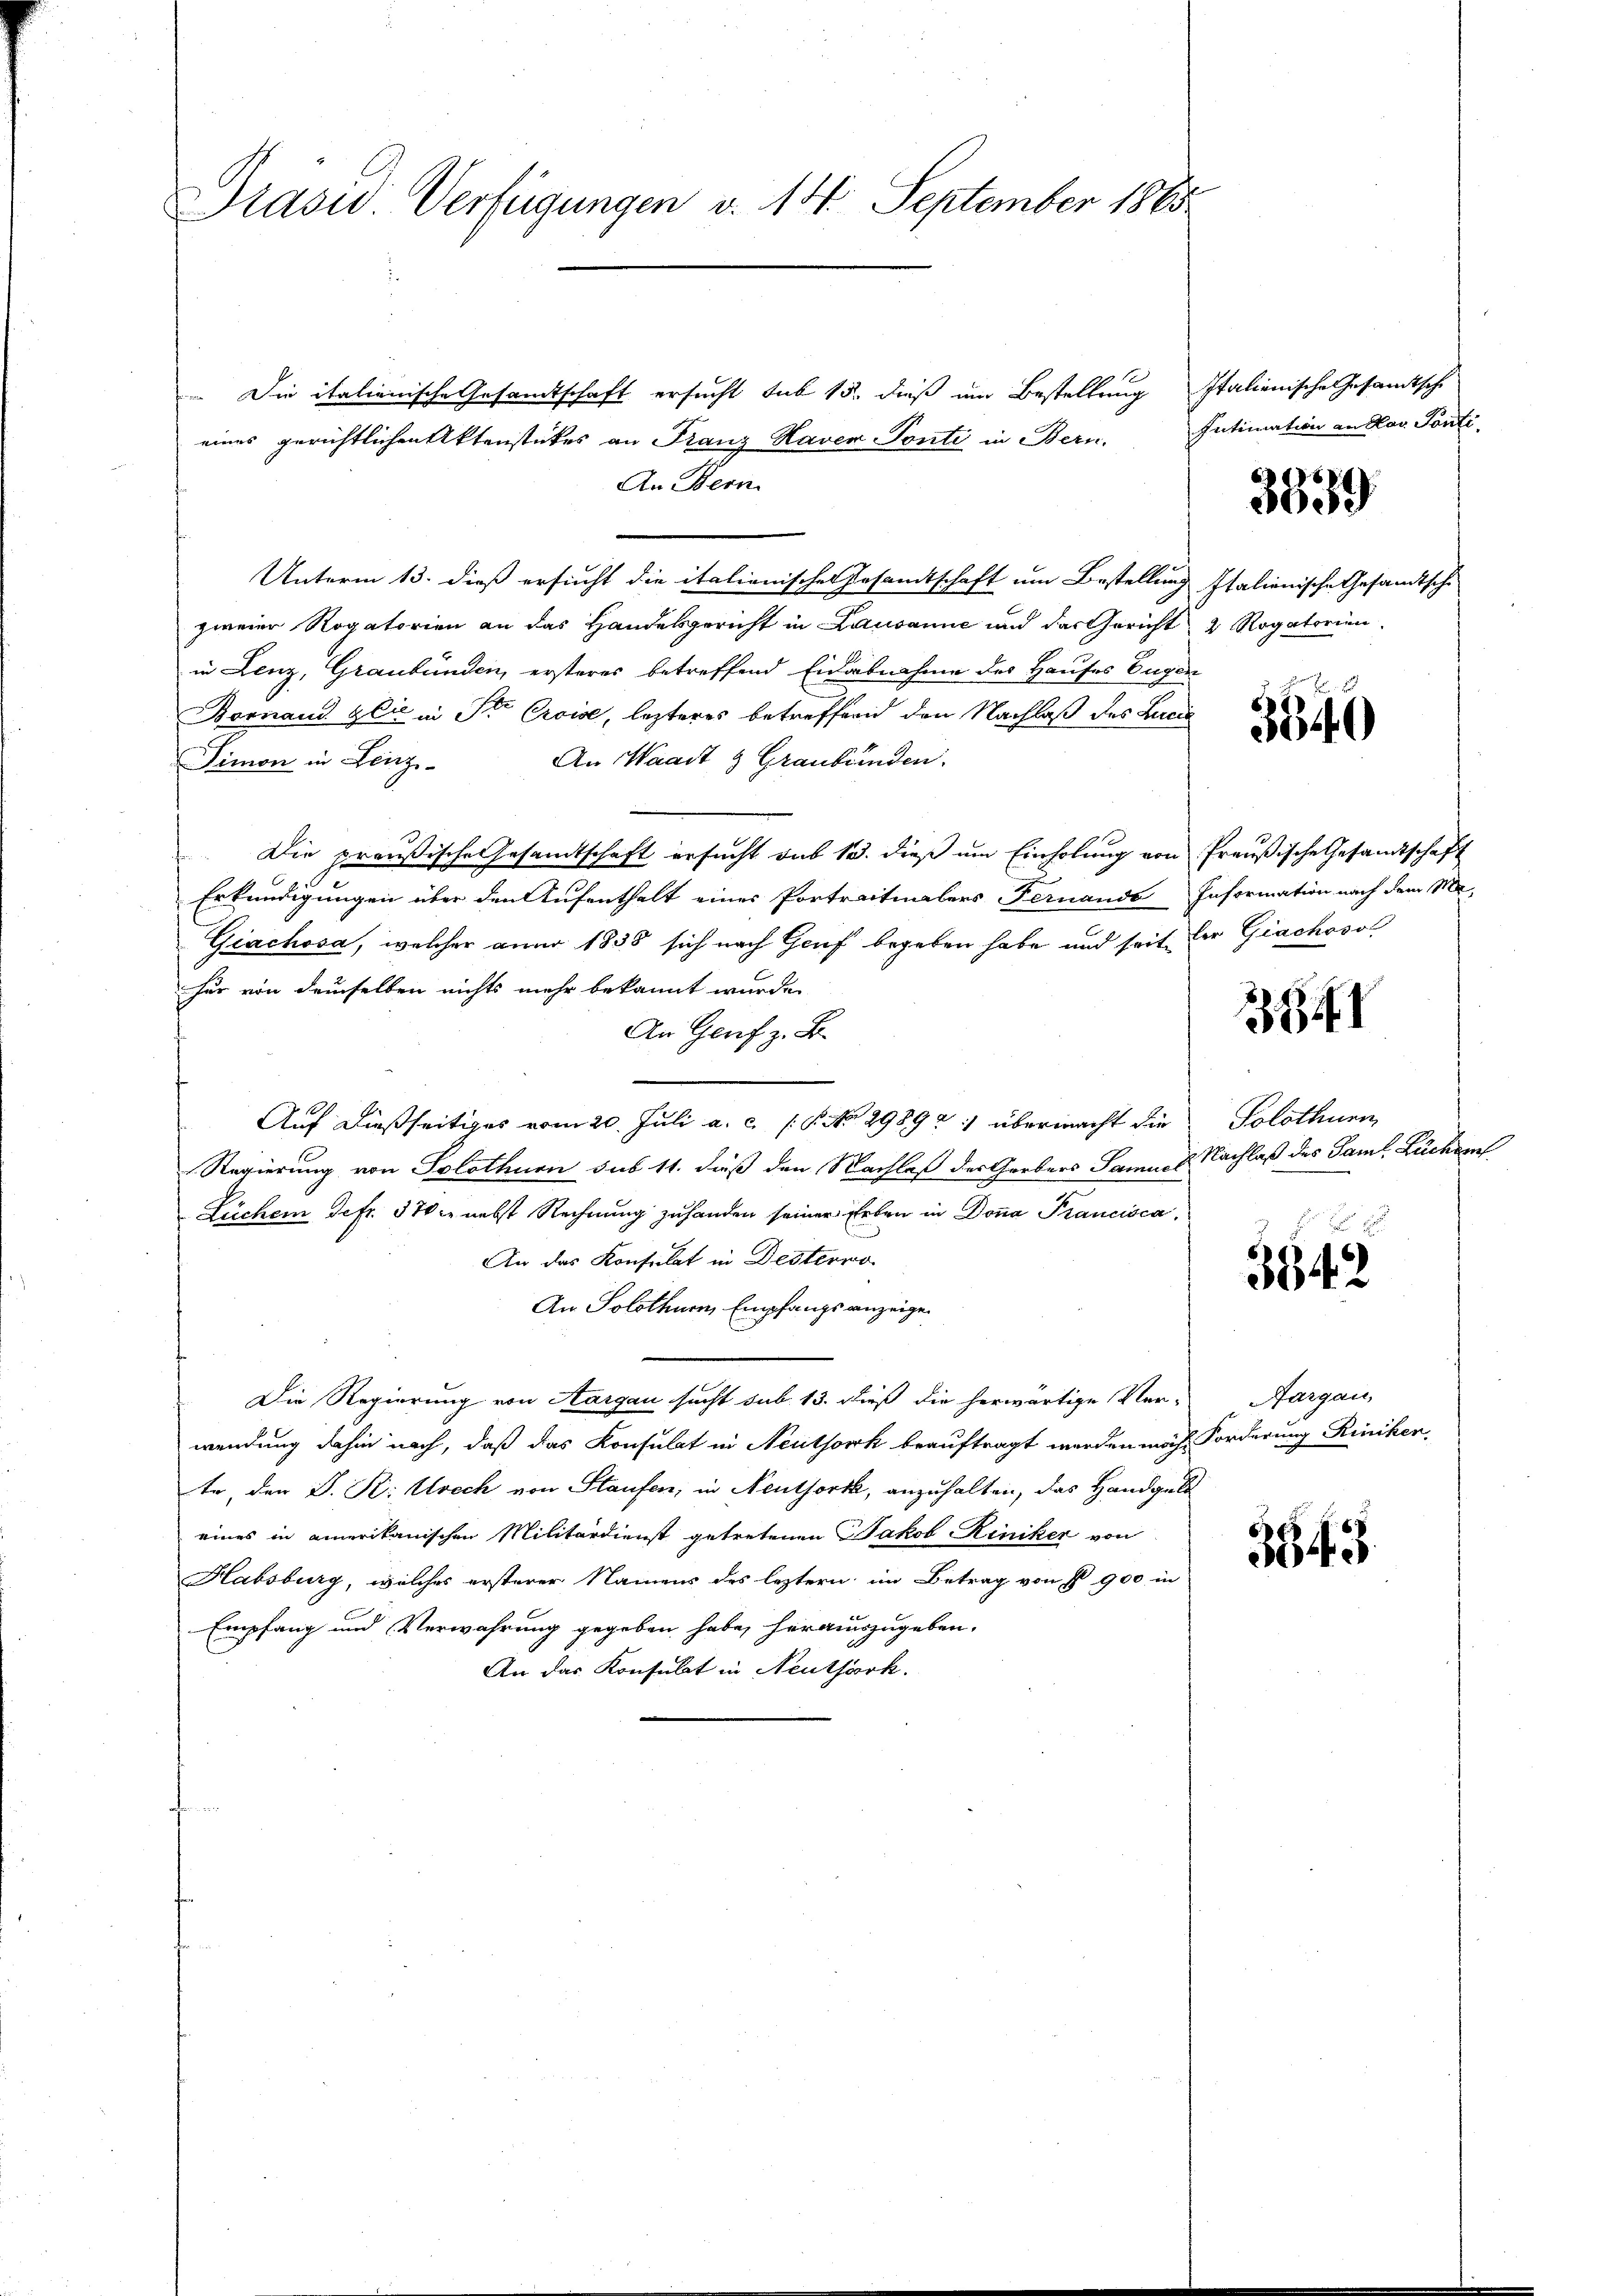
Präsid. Verfügungen v. 14. September 1865

Die italienische Gesamtschaft ersucht sub 15. dieß um Bestellung Italienische Gesandtsche
eines gerichtlichen Aktenstückes an Franz Haven Ponti in Bern.
An Bern.
Unterm 13. dieß ersucht die italienischer Gesamtschaft um Bestellung Italienische Gesandtsche
zweier Rogatorien an das Handelsgericht in Lausanne und das Gericht 2 Rogatorien
in Lenz, Graubünden, ersteres betreffend Eidabnahme des Hauses Eugen
Bornand Gli in St. Croise, lezteres betreffend den Nachlaß des Lucia
An Waadt & Graubünden.
Simon in Lenz
Die preußische Gesamtschaft ersucht das 13. dieß um Einholung von Preußische Gesandtschaft
Erkundigungen über den Aufenthalt eines Portraitualers Fernande Information nach dem Mo
Giachosa, welcher anno 1838 sich nach Genf begeben habe und seit der Giachosol
hur von demselben nichts mehr bekannt wurde.
An Genf z. B.
Auf dießseitiges vom 20. Juli a. c. s. No 29892 übermacht die
Regierung von Solothurn sub 11. dieß den Nachlaß der Gerbers Samuel Nachlaß des Saml. Bücher
Lücher defr. 370 c. nebst Rechnung zu handen seiner Erben in Donna Francisca
An das Konsulat in Desterwo
An Solothurn, Empfangsanzeige
Die Regierung von Aargau sucht sub. 13. dieß die herwärtige Ver-Aargau,
wendung dahin nach, daß das Konsulat in Neuthork beauftragt werden möch Forderung Riniker,
te, den S. K: Utrech von Staufen, in Neuthork, anzuhalten, das Handgeld
eines in einerikanischen Militärdienst getretenen Jakob Riniker von
Habsburg, welches ersterer Namens des leztern im Betrag von P. 900 in
Empfang und Verwahrung gegeben habe, herauszugeben.
An das Konsulat in Neuthörk.

Intimation an das Ponti

3339

3546)

3

Solothurn

3942

3543.